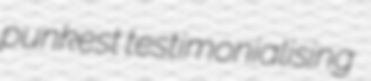
punkest testimonialising